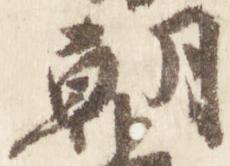
朝